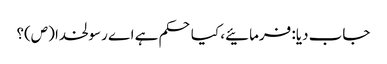
جاب دیا: فرمائیے، کیا حکم ہے اے رسولخدا (ص)؟